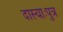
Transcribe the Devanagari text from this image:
दास्याःपुत्र